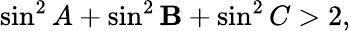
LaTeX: \sin^{2}A+\sin^{2}\mathbf{B}+\sin^{2}C>2,